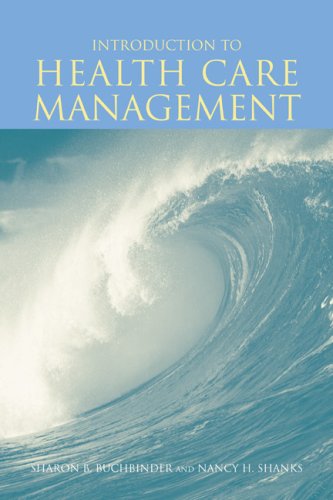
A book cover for Introduction To Health Care Management; Sharon B. Buchbinder; Law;